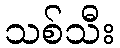
သစ်သီး